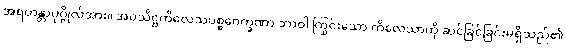
အရဟန္တာပုဂ္ဂိုလ်အား။ အဝသိဋ္ဌကိလေသပစ္စဝေက္ခဏာ ဘာဝါ ကြွင်းသော ကိလေသာကို ဆင်ခြင်ခြင်းမရှိသည်၏